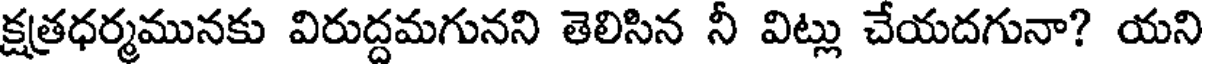
క్షత్రధర్మమునకు విరుద్దమగునని తెలిసిన నీ విట్లు చేయదగునా? యని